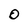
Character: O